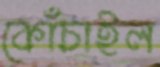
কোঁচাইল